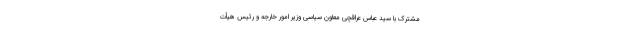
مشترک با سید عباس عراقچی معاون سیاسی وزیر امور خارجه و رئیس هیأت